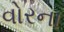
વોરના